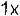
1X